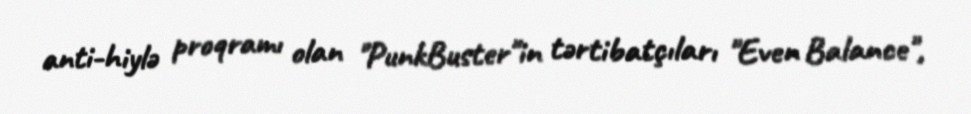
anti-hiylə proqramı olan "PunkBuster"in tərtibatçıları "Even Balance",